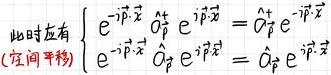
此时应有$\begin{cases}
\mathrm{e}^{-\mathrm{i}\vec{p}\cdot\vec{x}}\hat{O}_{\beta}^{+}\mathrm{e}^{\mathrm{i}\vec{p}\cdot\vec{x}}=\hat{O}_{\beta}^{+}\mathrm{e}^{-\mathrm{i}\vec{p}\cdot\vec{x}} \\
\text{(空间平移)}\\
\mathrm{e}^{-\mathrm{i}\vec{p}\cdot\vec{x}}\hat{O}_{\beta}\mathrm{e}^{\mathrm{i}\vec{p}\cdot\vec{x}}=\hat{O}_{\beta}\mathrm{e}^{-\mathrm{i}\vec{p}\cdot\vec{x}}
\end{cases}$